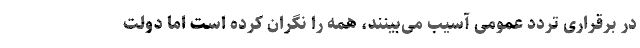
در برقراری تردد عمومی آسیب می‌بینند، همه را نگران کرده است اما دولت